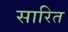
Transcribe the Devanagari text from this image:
सारित